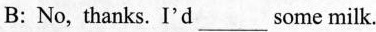
B: No, thanks. I'd___some milk.